Annual statistical returns and brief notes on vaccination in Bengal - 1887-1898
Year: 1887
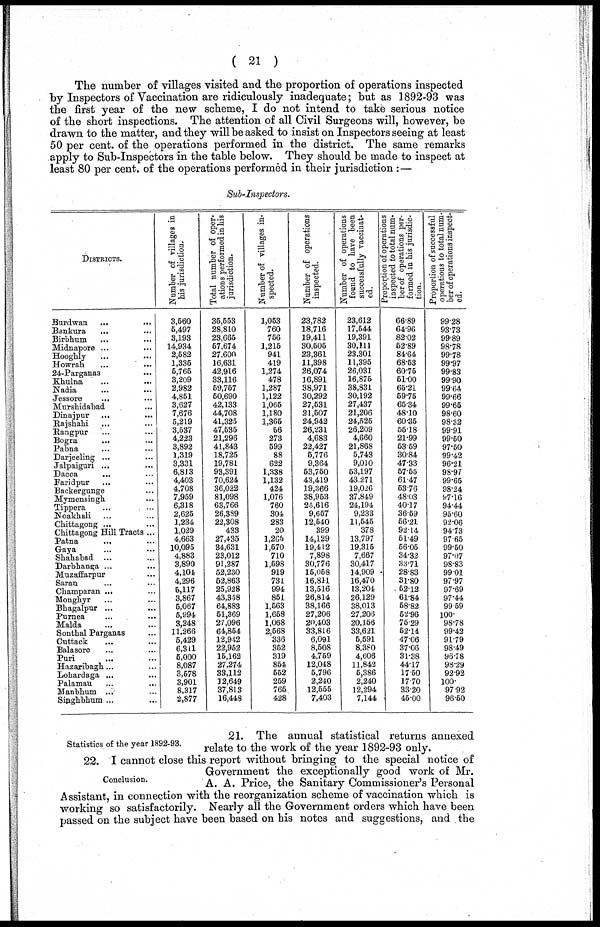
( 21 )
The number of villages visited and the proportion of operations inspected
by Inspectors of Vaccination are ridiculously inadequate; but as 1892-93 was
the first year of the new scheme, I do not intend to take serious notice
of the short inspections. The attention of all Civil Surgeons will, however, be
drawn to the matter, and they will be asked to insist on Inspectors seeing at least
50 per cent. of the operations performed in the district. The same remarks
apply to Sub-Inspectors in the table below. They should be made to inspect at
least 80 per cent. of the operations performed in their jurisdiction :—
Sub-Inspectors.
DISTRICTS.
Burdwan ...
...
Bankura ... ...
Birbhum ... ...
Midnapore ... ...
Hooghly ... ...
Howrah ... ...
24-Parganas ...
Khulna ... ...
Nadia ... ...
Jessore
... ...
Murshidabad ... ...
Dinajpur
... ...
Rajshahi ... ...
Rangpur ... ...
Bogra
... ...
Pabna ... ...
Darjeeling ... ...
Jalpaiguri ... ...
Dacca
... ...
Faridpur ... ...
Backergunge ...
Mymensingh ...
Tippera ... ...
Noakhali ... ...
Chittagong ... ...
Chittagong Hill Tracts ...
Patna
... ...
Gaya ... ...
Shahabad ... ...
Darbbanga ... ...
Muzaffarpur ...
Saran ... ...
Champaran ... ...
Monghyr ... ...
Bhagalpur ... ...
Purnea ... ...
Malda ... ...
Sonthal Parganas ...
Cuttack
... ...
Balasore ... ...
Puri ... ...
Hazaribagh ... ...
Lohardaga ... ...
Palamau ... ...
Manbhum ... ...
Singhbhum ... ...
Number of villages in
his jurisdiction.
3,560
5,497
3,193
14,934
2,582
1,336
5,765
3,209
2,982
4,851
3,627
7,676
5,219
3,537
4,223
3,892
1,319
3,331
6,813
4,403
4,708
7,959
6,318
2,625
1,234
1,029
4,663
10,095
4,883
3,890
4,101
4,296
5,117
3,867
5,067
5,994
3,248
11,266
5,429
6,311
5,000
8,087
3,578
3,901
8,317
2,877
Total number of oper-
ations performed in his
jurisdiction.
35,553
28,810
23,665
57,674
27,600
16,631
42,916
33,116
59,757
50,690
42,133
44,708
41,325
47,535
21,296
41,843
18,725
19,781
93,391
70,624
36,022
81,098
63,766
26,389
22,308
433
27,435
34,631
23,012
91,287
52,230
52,863
25,928
43,358
64,883
51,369
27,096
64,854
12,942
22,952
15,162
27,274
33,112
12,649
37,813
16,448
Number of villages in-
spected.
1,053
760
756
1,215
941
419
1,274
478
1,287
1,122
1,065
1,180
1,365
56
273
599
88
622
1,338
1,132
424
1,076
760
304
283
20
1,265
1,570
710
1,598
919
731
994
851
1,563
1,658
1,068
2,568
336
352
319
854
552
259
765
428
Number of operations
inspected.
23,782
18,716
19,411
30,505
23,361
11,398
26,074
16,891
38,971
30,292
27,531
21,507
24,942
26,231
4,683
22,427
5,776
9,364
53,750
43,419
19,366
38,953
25,616
9,657
12,540
399
14,129
19,412
7,898
30,776
15,058
16,811
13,516
26,814
38,166
27,206
20,403
33,816
6,091
8,508
4,759
12,048
5,796
2,240
12,555
7,403
Number of operations
found to have been
successfully vaccinat¬
ed.
23,612
17,544
19,391
30,111
23,301
11,395
26,031
16,875
38,831
30,192
27,437
21,206
24,525
26,209
4,660
21,868
5,743
9,010
53,197
43,271
19,026
37,849
24,194
9,233
11,545
378
13,797
19,315
7,667
30,417
14,909
16,470
13,204
26,129
38,013
27,206
20,156
33,621
5,591
8,380
4,606
11,842
5,386
2,240
12,294
7,144
Proportion of operations
inspected to total num-
ber of operations per-
formed in his jurisdic¬
tion.
66.89
64.96
82.02
52.89
84.64
68.53
60.75
51.00
65.21
59.75
65.34
48.10
60.35
55.18
21.99
53.59
30.84
47.33
57.55
61.47
53.76
48.03
40.17
36.59
56.21
92.14
51.49
56.05
34.32
33.71
28.83
31.80
52.12
61.84
58.82
52.96
75.29
52.14
47.06
37.06
31.38
44.17
17.50
17.70
33.20
45.00
Proportion of successful
operations to total num-
ber of operations inspect-
-d.
99.28
93.73
99.89
98.78
99.78
99.97
99.83
99.90
99.64
99.66
99.65
98.60
98.32
99.91
99.50
97.50
99.42
96.21
98.97
99.65
98.24
97.16
94.44
95.60
92.06
94.73
97.65
99.50
97.07
98.83
99.01
97.97
97.69
97.44
99.59
100.
98.78
99.42
91.79
98.49
96.78
98.29
92.92
100.
97.92
96.50
Statistics of the year 1892-93.
21. The annual statistical returns annexed
relate to the work of the year 1892-93 only.
Conclusion.
22. I cannot close this report without bringing to the special notice of
Government the exceptionally good work of Mr.
A. A. Price, the Sanitary Commissioner's Personal
Assistant, in connection with the reorganization scheme of vaccination which is
working so satisfactorily. Nearly all the Government orders which have been
passed on the subject have been based on his notes and suggestions, and the